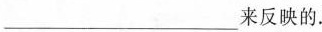
___来反映的.